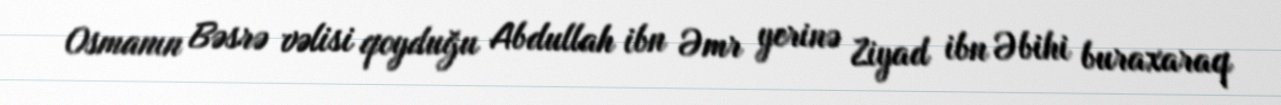
Osmanın Bəsrə vəlisi qoyduğu Abdullah ibn Əmr yerinə Ziyad ibn Əbihi buraxaraq